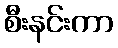
စီးနင်းကာ